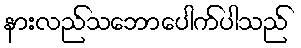
နားလည်သဘောပေါက်ပါသည်